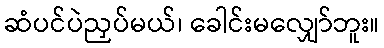
ဆံပင်ပဲညှပ်မယ်၊ ခေါင်းမလျှော်ဘူး။